King Institute of Preventive Medicine Micro-Biological Section reports 1909-11
Year: 1909
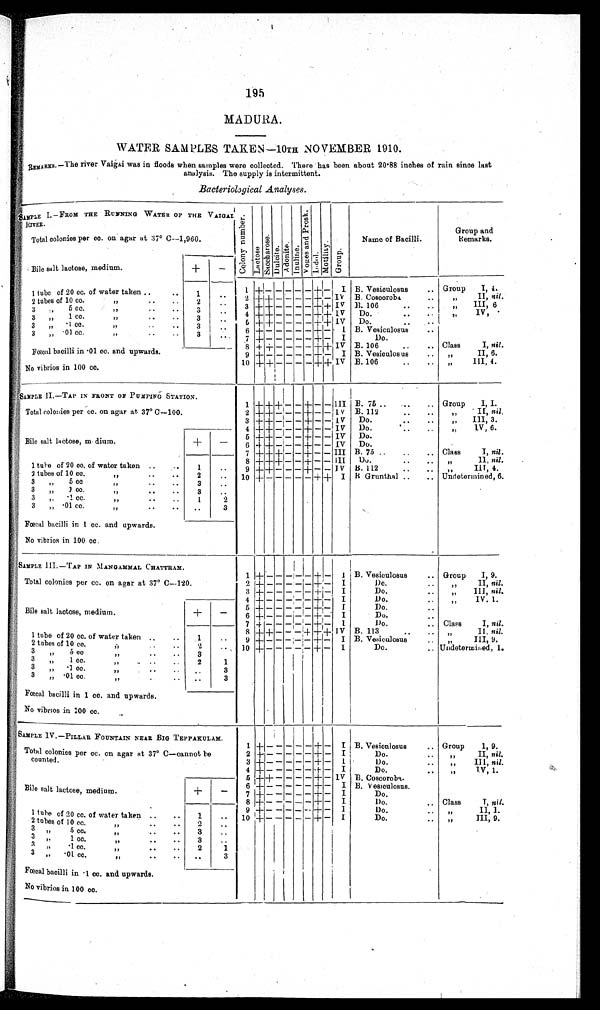
195
MADURA.
WATER SAMPLES TAKE
N—10TH NOVEMBER 1910.
REMARKS.
—The river Vaigai was in floods when samples were collected. There has been about 20·88 inches of rain since last
analysis. The supply is intermittent.
Bacteriological Analyses.
SAMPLE I.—FROM THE RUNNING WATER OF THE VAIGAI
RIVER.
C o l o n y N u mb e r . Lactose.Sacchar os e. Dul ci t e.Adoni t e.
I n u l i n e .
V o g e s a n d P r o s k .
Indol.Mot i l i t y.Group.
Name
of Bacilli.
Group and
Remarks.
Total colonies per cc. on agar at, 37° C
—1,960.
Bile salt lactose, medium.
+
−
1
+
− − − − −
+
−
I B. Vesiculosus
Group I, 4.
1 tube of 20 cc. of water taken
1
2
+ +
− − − −
+
− IV B. Coscoroba
„
II,
nil.
2 tubes of 10 cc.
„
2
3
+ +
− − − −
+ +
IV
B. 106
„
III,
6
3 „ 5 cc.
„
3
4
+ +
− − − −
+ +
IV
Do.
„
IV
3 „ 1 cc.
„
3
5
+ +
− − − −
+ +
IV
Do.
3 „ ·1 cc.
„
3
6
+
− − − − −
+
−
I
B. Vesiculosus
3 „ ·01 cc.
„
3
7
+
− − − − −
+
−
I
Do.
Fœcal bacilli in ·01 cc. and upwards.
8
+ +
− − − −
+ +
IV B. 106
Class I, nil.
9
+
− − − − −
+
−
I B. Vesiculosus
„
II,
6.
No vibrios in 100 cc.
10
+ +
−
− −
−
+ +
IV B. 106
„
III,
4.
SAMPLE II.—TAP IN FRONT OF PUMPING STATION.
1
+ + +
− −
+
− − III B. 75
Group I, I.
Total colonies per cc. on agar at. 37°C—100.
2
+ +
− − −
+
− −
IV
B. 112
„
II,
nil.
3
+ +
− − −
+
− − IV
Do.
„
III,
3.
Bile salt lactose, medium.
+
−
4
+ +
− − −
+
− − IV
Do.
„
V,
6.
5
+ +
− − −
+
− − IV
Do.
6
+ +
− − −
+
− − IV
Do.
7
+ + +
− −
+
− − III B. 75
Class I, nil.
8
+ + +
− −
+
− − III
Do.
„
II,
nil.
1 tube of 20 cc. of water taken
1
9
+ +
− − −
+
− −
IV
B. 112
„
III,
4.
2 t ubes of 10 cc.
„
2
10
+
− − − − −
+ +
I B.Grunthal
Undetermined, 6.
3 „ 5 c
c „
3
3 „ 1 cc.
„
3
3 „ ·1 cc.
„
1
2
3 „ ·01 cc.
„
3
Fœcal bacilli in 1 cc. and upwards.
No vibrios in 100 cc.
SAMPLE III.—TAP IN MANGAMMAL CHATTRAM.
1
+
− − − − −
+
−
I
B. Vesiculosus
Group I, 9.
Total colonies per cc. on agar at 37° C
—120.
2
+
− − − − −
+
−
I
Do.
„
II,
nil.
3
+
− − − − −
+
−
I
Do.
„
III,
nil.
Bile salt lactose, medium.
+
−
4
+
− − − − −
+
−
I
Do.
„
IV.
1.
5
+
− − − − −
+
−
I
Do.
6
+
− − − − −
+
−
I
Do.
7
+
− − − − −
+
−
I
Do.
Class I, nil.
8
+ +
− − −
+ +
−
IV
B. 113
„
II,
nil.
1 tube of 20 cc. of water taken
1
9
+
− − − − −
+
−
I
B. Vesiculosus
„
III,
9.
2 tubes of 10 cc.
„
2
10
+
− − − − −
+
−
I
Do.
Undetermined, 1.
3 „ 5 c
c „
3
3 „ 1 cc.
„
2
1
3 „ ·1 cc.
„
3
3 „ ·01 cc.
„
3
Fœcal bacilli in 1 cc. and upwards.
No vibrios in 100 cc.
SAMPLE IV.—PILLAR FOUNTAIN NEAR BIG TEPPAKULAM.
1
+
− − − − −
+
−
I B. Vesicnlosus
Group 1, 9.
Total colonies per cc. on agar at 37° C—cannot be
counted.
2
+
− − − − −
+
−
I
Do.
„
II
nil.
3
+
− − − − −
+
−
I
Do.
„
III,
nil.
4
+
− − − − −
+
−
I
Do.
„
IV,
1.
Bile salt lactose, medium.
+
−
5
+ +
− − − −
+
− IV B. Coscoroba,
6
+
− − − − −
+
−
I B. Vesiculosus.
7
+
− − − − −
+
−
I
Do.
8
+
− − − − −
+
−
I
Do.
Class I, nil.
9
+
− − − − −
+
−
I
Do.
„
II,
1.
1 tube of 20 cc, of water taken
1
10
+
− − − − −
+
−
I
Do.
„
III,
9.
2 tubes of 10 cc.
„
2
3 „ 5 cc.
„
3
3 „ 1 cc.
„
3
3 „ ·1 cc .
„
2
1
3 „ ·01 cc.
„
3
Fœcal bacilli in ·1 cc. and upwards.
No vibrios in 100 cc.